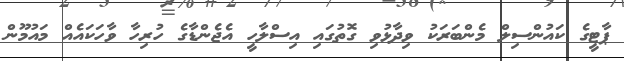
ޕާޓީގެ ކައުންސިލް މެންބަރަކު ވިދާޅުވި ގޮތުގައި އިސްލާހީ އެޖެންޑާގެ ހުރިހާ ވާހަކައެއް މައުމޫން